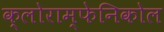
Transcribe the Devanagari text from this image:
क्लोराम्फेनिकोल